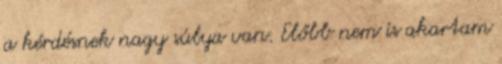
a kérdésnek nagy súlya van. Előbb nem is akartam